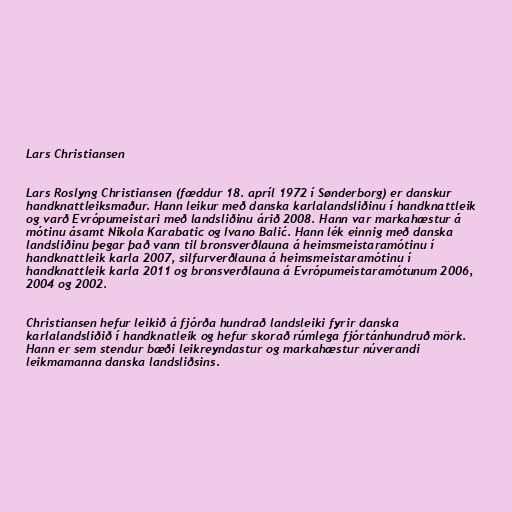
Lars Christiansen

Lars Roslyng Christiansen (fæddur 18. apríl 1972 í Sønderborg) er danskur
handknattleiksmaður. Hann leikur með danska karlalandsliðinu í handknattleik
og varð Evrópumeistari með landsliðinu árið 2008. Hann var markahæstur á
mótinu ásamt Nikola Karabatic og Ivano Balić. Hann lék einnig með danska
landsliðinu þegar það vann til bronsverðlauna á heimsmeistaramótinu í
handknattleik karla 2007, silfurverðlauna á heimsmeistaramótinu í
handknattleik karla 2011 og bronsverðlauna á Evrópumeistaramótunum 2006,
2004 og 2002.

Christiansen hefur leikið á fjórða hundrað landsleiki fyrir danska
karlalandsliðið í handknatleik og hefur skorað rúmlega fjórtánhundruð mörk.
Hann er sem stendur bæði leikreyndastur og markahæstur núverandi
leikmamanna danska landsliðsins.